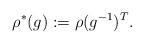
LaTeX: \begin{align*}\rho^*(g) := \rho(g^{-1})^T.\end{align*}